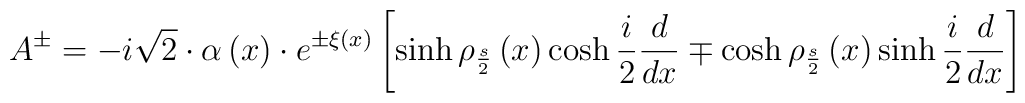
A^{\pm }=-i\sqrt{2}\cdot \alpha \left( x\right) \cdot e^{\pm \xi\left( x\right) }\left[ \sinh \rho _{\frac {s}{2}}\left( x\right)\cosh \frac{i}{2}\frac {d}{dx}\mp \cosh \rho _{\frac {s}{2}}\left( x\right)\sinh \frac {i}{2}\frac {d}{dx}\right]